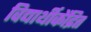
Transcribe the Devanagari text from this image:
विद्यार्थीकेंद्रित